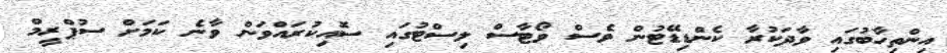
އިންތިހާބުގައި ވާދަކުރާ ކެންޑިޑޭޓުން ވެސް ވޯޓާސް ލިސްޓުގައި ސޮއިކުރައްވަން ވާނެ ކަމަށް ސުޕްރީމް